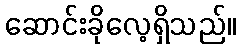
ဆောင်းခိုလေ့ရှိသည်။